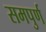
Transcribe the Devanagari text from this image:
समपुर्ण